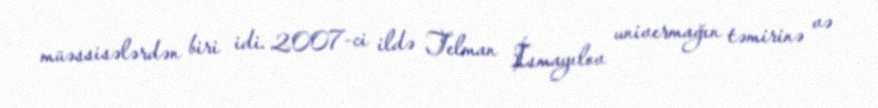
müəssisələrdən biri idi. 2007-ci ildə Telman İsmayılov univermağın təmirinə və